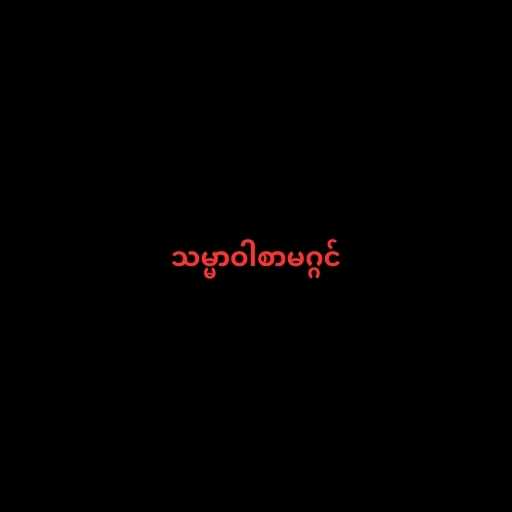
သမ္မာဝါစာမဂ္ဂင်